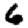
Digit: 6